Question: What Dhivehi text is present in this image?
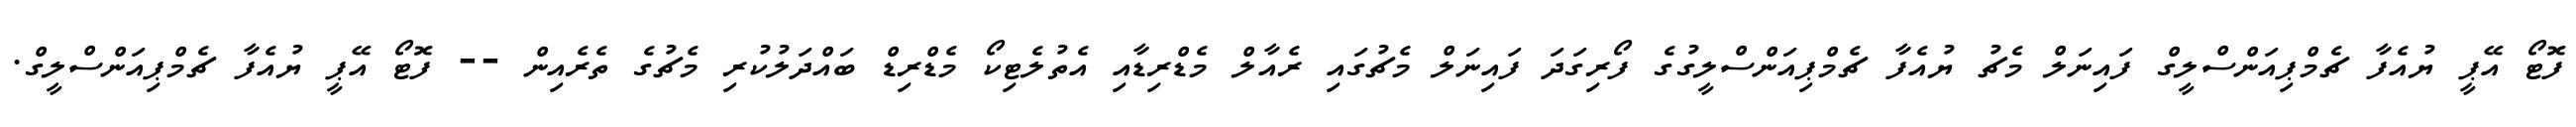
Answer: ފޮޓޯ އޭޕީ ޔުއެފާ ޗެމްޕިއަންސްލީގް ފައިނަލް މެޗު ޔުއެފާ ޗެމްޕިއަންސްލީގުގެ ފޯރިގަދަ ފައިނަލް މެޗުގައި ރެއާލް މެޑްރިޑާއި އެތުލެޓިކޯ މެޑްރިޑް ބައްދަލުކުރި މެޗުގެ ތެރެއިން -- ފޮޓޯ އޭޕީ ޔުއެފާ ޗެމްޕިއަންސްލީގް.